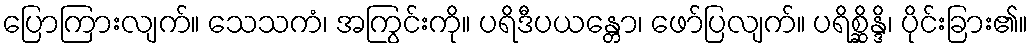
ပြောကြားလျက်။ သေသကံ၊ အကြွင်းကို။ ပရိဒီပယန္တော၊ ဖော်ပြလျက်။ ပရိစ္ဆိန္ဒိ၊ ပိုင်းခြား၏။